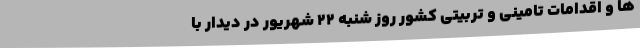
ها و اقدامات تامینی و تربیتی کشور روز شنبه 22 شهریور در دیدار با